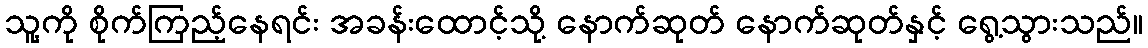
သူ့ကို စိုက်ကြည့်နေရင်း အခန်းထောင့်သို့ နောက်ဆုတ် နောက်ဆုတ်နှင့် ရွေ့သွားသည်။